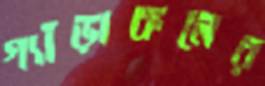
গ্যাঁড়াকলের